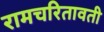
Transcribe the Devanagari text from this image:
रामचरितावती